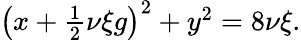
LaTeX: \begin{array}{r}{\left(x+\frac{1}{2}\nu\xi g\right)^{2}+y^{2}=8\nu\xi.}\end{array}